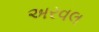
અરવલ